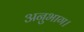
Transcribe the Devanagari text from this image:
अनुभाग।